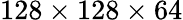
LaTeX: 128\times 128\times 64